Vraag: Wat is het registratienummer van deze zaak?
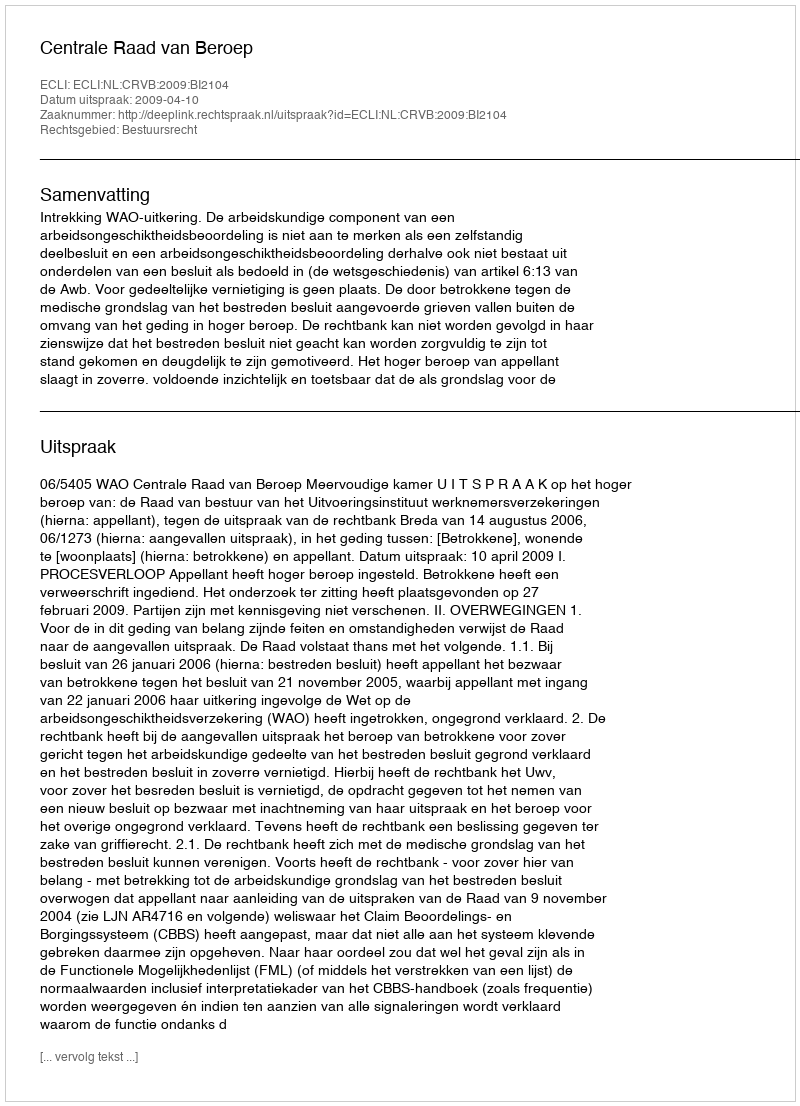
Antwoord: http://deeplink.rechtspraak.nl/uitspraak?id=ECLI:NL:CRVB:2009:BI2104